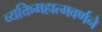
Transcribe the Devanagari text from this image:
व्यक्तिमहात्मवर्णने